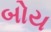
બોય